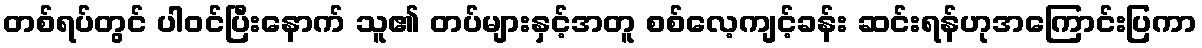
တစ်ရပ်တွင် ပါဝင်ပြီးနောက် သူ၏ တပ်များနှင့်အတူ စစ်လေ့ကျင့်ခန်း ဆင်းရန်ဟုအကြောင်းပြကာ